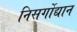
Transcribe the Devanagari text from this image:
निसर्गोद्यान